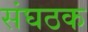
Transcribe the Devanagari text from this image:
संघठक